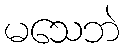
မသေဘဲ